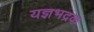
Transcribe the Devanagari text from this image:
यज्ञभद्रक